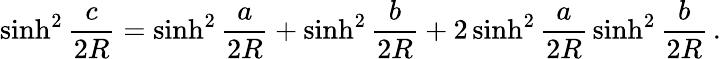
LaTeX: \sinh^{2}{\frac{c}{2R}}=\sinh^{2}{\frac{a}{2R}}+\sinh^{2}{\frac{b}{2R}}+2\sinh^{2}{\frac{a}{2R}}\sinh^{2}{\frac{b}{2R}}\, .